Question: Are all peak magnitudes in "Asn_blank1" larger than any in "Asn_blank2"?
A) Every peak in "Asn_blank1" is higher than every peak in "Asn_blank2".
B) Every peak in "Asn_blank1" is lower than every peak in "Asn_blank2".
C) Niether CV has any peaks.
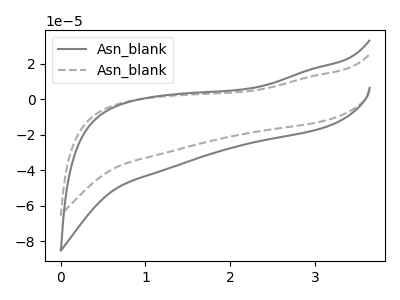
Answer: <think>The gray curve "Asn_blank1" has no peaks. The gray dashed curve "Asn_blank2" has no peaks.</think>
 <answer>C) Niether CV has any peaks.</answer>
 <eval>C</eval>